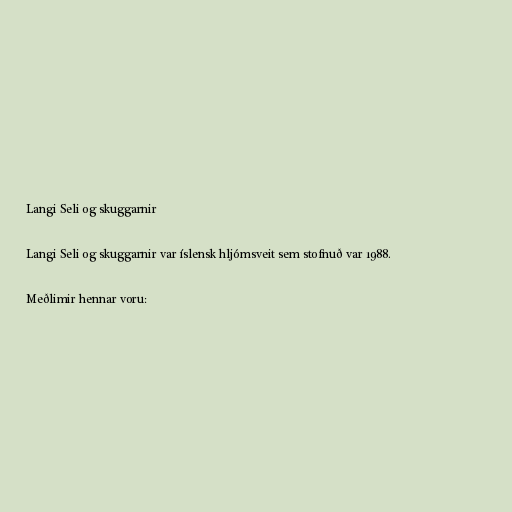
Langi Seli og skuggarnir

Langi Seli og skuggarnir var íslensk hljómsveit sem stofnuð var 1988.

Meðlimir hennar voru: